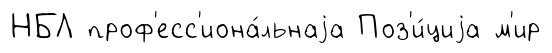
НБЛ проф'есс'иона́льнаjа Поз'и́циjа м'ир